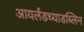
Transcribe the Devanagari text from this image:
आयर्लंडच्याडब्लिन